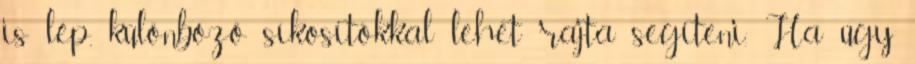
is lép, különböző síkosítókkal lehet rajta segíteni. Ha úgy